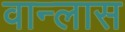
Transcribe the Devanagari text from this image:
वान्लास